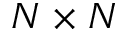
N \times N